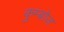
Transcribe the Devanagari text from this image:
कुम्बोज़